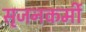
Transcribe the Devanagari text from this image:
सृजनकर्मी